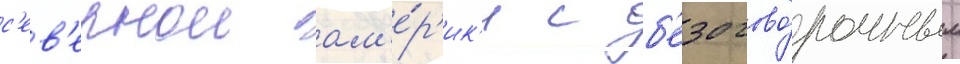
с'ев'ернои ам'е́р'ик'и с б'езогово́рочным